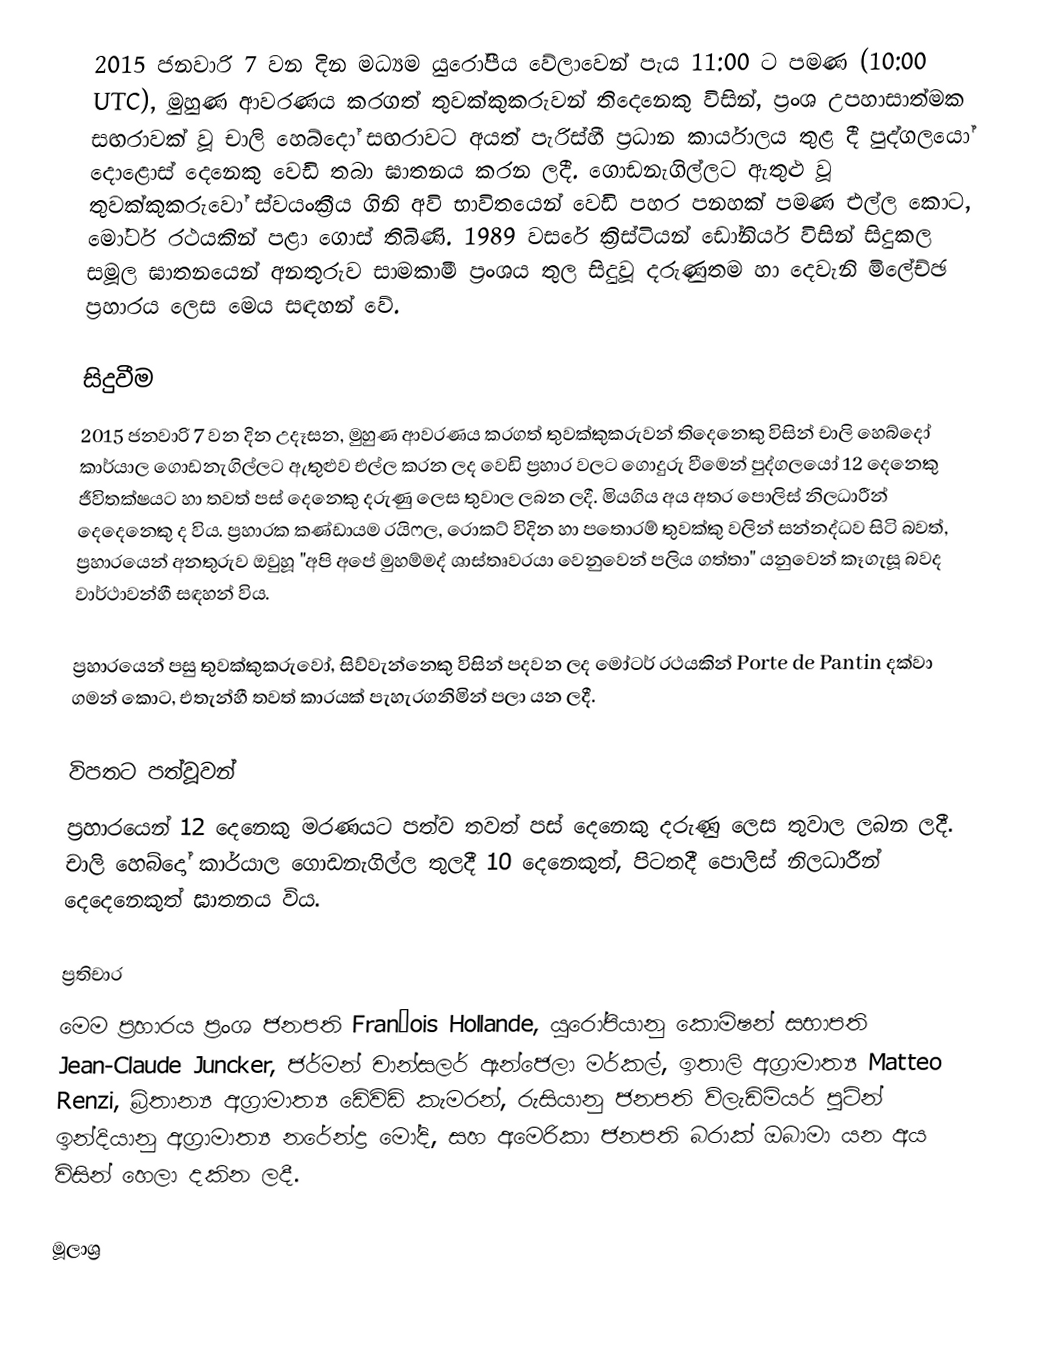
2015 ජනවාරි 7 වන දින මධ්‍යම යුරෝපීය වේලාවෙන් පැය 11:00 ට පමණ (10:00 UTC), මුහුණ ආවරණය කරගත් තුවක්කුකරුවන් තිදෙනෙකු විසින්, ප්‍රංශ උපහාසාත්මක සඟරාවක් වූ චාලි හෙබ්දෝ සඟරාවට අයත් පැරිස්හී ප්‍රධාන කාර්යාලය තුළ දී පුද්ගලයෝ දොළොස් දෙනෙකු වෙඩි තබා ඝාතනය කරන ලදී. ගොඩනැගිල්ලට ඇතුළු වූ තුවක්කුකරුවෝ ස්වයංක්‍රීය ගිනි අවි භාවිතයෙන් වෙඩි පහර පනහක් පමණ එල්ල කොට, මෝටර් රථයකින් පළා ගොස් තිබිණි. 1989 වසරේ ක්‍රිස්ටියන් ඩෝනියර් විසින් සිදුකල සමූල ඝාතනයෙන් අනතුරුව සාමකාමී ප්‍රංශය තුල සිදුවූ දරුණුතම හා දෙවැනි මිලේච්ඡ ප්‍රහාරය ලෙස මෙය සඳහන් වේ.

සිදුවීම
2015 ජනවාරි 7 වන දින උදෑසන, මුහුණ ආවරණය කරගත් තුවක්කුකරුවන් තිදෙනෙකු විසින් චාලි හෙබ්දෝ කාර්යාල ගොඩනැගිල්ලට ඇතුළුව එල්ල කරන ලද වෙඩි ප්‍රහාර වලට ගොදුරු වීමෙන් පුද්ගලයෝ 12 දෙනෙකු ජීවිතක්ෂයට හා තවත් පස් දෙනෙකු දරුණු ලෙස තුවාල ලබන ලදී. මියගිය අය අතර පොලිස් නිලධාරීන් දෙදෙනෙකු ද විය. ප්‍රහාරක කණ්ඩායම රයිෆල, රොකට් විදින හා පතොරම් තුවක්කු වලින් සන්නද්ධව සිටි බවත්, ප්‍රහාරයෙන් අනතුරුව ඔවුහූ "අපි අපේ මුහම්මද් ශාස්තෘවරයා වෙනුවෙන් පලිය ගත්තා" යනුවෙන් කෑගැසූ බවද වාර්ථාවන්හී සඳහන් විය.

ප්‍රහාරයෙන් පසු තුවක්කුකරුවෝ, සිව්වැන්නෙකු විසින් පදවන ලද මෝටර් රථයකින් Porte de Pantin දක්වා ගමන් කොට, එතැන්හී තවත් කාරයක් පැහැරගනිමින් පලා යන ලදී.

විපතට පත්වූවන්
ප්‍රහාරයෙන් 12 දෙනෙකු මරණයට පත්ව තවත් පස් දෙනෙකු දරුණු ලෙස තුවාල ලබන ලදී. චාලි හෙබ්දෝ කාර්යාල ගොඩනැගිල්ල තුලදී 10 දෙනෙකුත්, පිටතදී පොලිස් නිලධාරීන් දෙදෙනෙකුත් ඝාතනය විය.

ප්‍රතිචාර
මෙම ප්‍රහාරය ප්‍රංශ ජනපති François Hollande, යුරෝපියානු කොමිෂන් සභාපති Jean-Claude Juncker, ජර්මන් චාන්සලර් ඇන්ජෙලා මර්කල්, ඉතාලි අග්‍රාමාත්‍ය Matteo Renzi, බ්‍රිතාන්‍ය අග්‍රාමාත්‍ය ඩේවිඩ් කැමරන්, රුසියානු ජනපති ව්ලැඩිමියර් පූටින් ඉන්දියානු අග්‍රාමාත්‍ය නරේන්ද්‍ර මෝදි, සහ අමෙරිකා ජනපති බරාක් ඔබාමා යන අය විසින් හෙලා දකින ලදී.

මූලාශ්‍ර